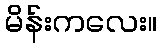
မိန်းကလေး။